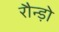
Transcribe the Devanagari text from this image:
रौन्ड़ो